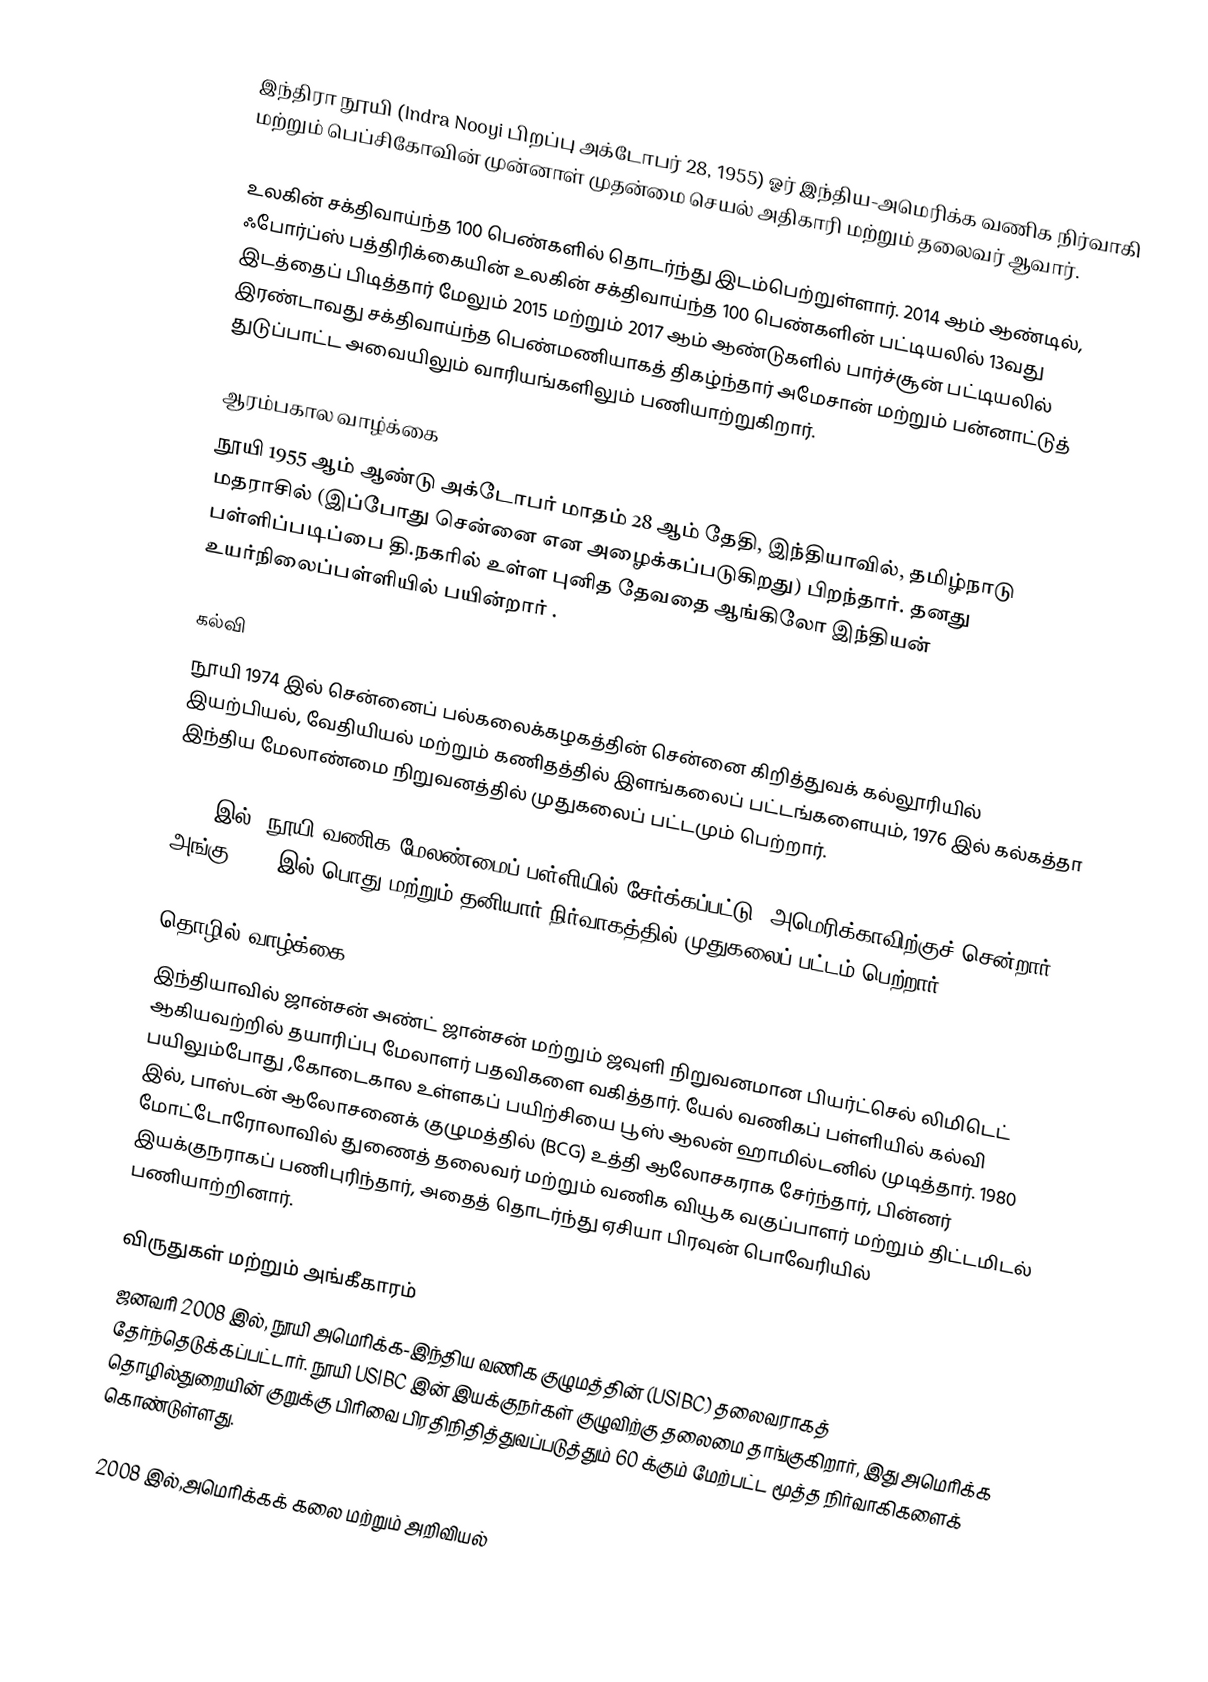
இந்திரா நூயி (Indra Nooyi பிறப்பு அக்டோபர் 28, 1955) ஓர் இந்திய-அமெரிக்க வணிக நிர்வாகி மற்றும் பெப்சிகோவின் முன்னாள் முதன்மை செயல் அதிகாரி மற்றும்  தலைவர் ஆவார்.

உலகின் சக்திவாய்ந்த 100 பெண்களில் தொடர்ந்து இடம்பெற்றுள்ளார். 2014 ஆம் ஆண்டில், ஃபோர்ப்ஸ் பத்திரிக்கையின் உலகின் சக்திவாய்ந்த 100 பெண்களின் பட்டியலில் 13வது இடத்தைப் பிடித்தார்  மேலும் 2015 மற்றும் 2017 ஆம் ஆண்டுகளில் பார்ச்சூன் பட்டியலில் இரண்டாவது சக்திவாய்ந்த பெண்மணியாகத் திகழ்ந்தார்  அமேசான் மற்றும் பன்னாட்டுத் துடுப்பாட்ட அவையிலும் வாரியங்களிலும் பணியாற்றுகிறார்.

ஆரம்பகால வாழ்க்கை
நூயி 1955 ஆம் ஆண்டு அக்டோபர் மாதம் 28 ஆம் தேதி, இந்தியாவில், தமிழ்நாடு மதராசில் (இப்போது சென்னை என அழைக்கப்படுகிறது) பிறந்தார். தனது பள்ளிப்படிப்பை தி.நகரில் உள்ள புனித தேவதை ஆங்கிலோ இந்தியன் உயர்நிலைப்பள்ளியில் பயின்றார் .

கல்வி
நூயி 1974 இல் சென்னைப் பல்கலைக்கழகத்தின் சென்னை கிறித்துவக் கல்லூரியில் இயற்பியல், வேதியியல் மற்றும் கணிதத்தில் இளங்கலைப் பட்டங்களையும், 1976 இல் கல்கத்தா இந்திய மேலாண்மை நிறுவனத்தில் முதுகலைப் பட்டமும் பெற்றார்.

1978 இல், நூயி வணிக மேலண்மைப் பள்ளியில் சேர்க்கப்பட்டு, அமெரிக்காவிற்குச் சென்றார், அங்கு 1980 இல் பொது மற்றும் தனியார் நிர்வாகத்தில் முதுகலைப் பட்டம் பெற்றார்

தொழில் வாழ்க்கை
இந்தியாவில்  ஜான்சன் அண்ட் ஜான்சன் மற்றும் ஜவுளி நிறுவனமான பியர்ட்செல் லிமிடெட் ஆகியவற்றில் தயாரிப்பு மேலாளர் பதவிகளை வகித்தார். யேல் வணிகப் பள்ளியில் கல்வி பயிலும்போது ,கோடைகால உள்ளகப் பயிற்சியை பூஸ் ஆலன் ஹாமில்டனில் முடித்தார். 1980 இல், பாஸ்டன் ஆலோசனைக் குழுமத்தில் (BCG) உத்தி ஆலோசகராக சேர்ந்தார், பின்னர் மோட்டோரோலாவில் துணைத் தலைவர் மற்றும் வணிக வியூக வகுப்பாளர் மற்றும் திட்டமிடல் இயக்குநராகப் பணிபுரிந்தார், அதைத் தொடர்ந்து ஏசியா பிரவுன் பொவேரியில் பணியாற்றினார்.

விருதுகள் மற்றும் அங்கீகாரம்
ஜனவரி 2008 இல், நூயி அமெரிக்க-இந்திய வணிக குழுமத்தின் (USIBC) தலைவராகத் தேர்ந்தெடுக்கப்பட்டார். நூயி USIBC இன் இயக்குநர்கள் குழுவிற்கு தலைமை தாங்குகிறார், இது அமெரிக்க தொழில்துறையின் குறுக்கு பிரிவை பிரதிநிதித்துவப்படுத்தும் 60 க்கும் மேற்பட்ட மூத்த நிர்வாகிகளைக் கொண்டுள்ளது.

2008 இல்,அமெரிக்கக் கலை மற்றும் அறிவியல்